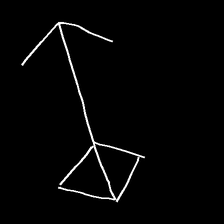
Glyph: focus